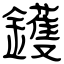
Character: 鑊